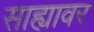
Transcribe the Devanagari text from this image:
साह्यावर